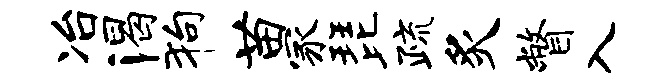
冶渴狗苗冢琵疏炙瞥入